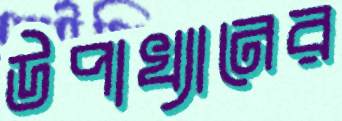
উপাখ্যানের